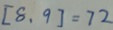
[ 8 , 9 ] = 7 2